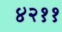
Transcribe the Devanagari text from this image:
४२११